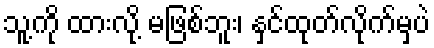
သူ့ကို ထားလို့ မဖြစ်ဘူး၊ နှင်ထုတ်လိုက်မှပဲ